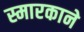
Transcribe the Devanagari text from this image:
स्मारकाने